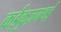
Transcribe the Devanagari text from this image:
कईकुज़नथई